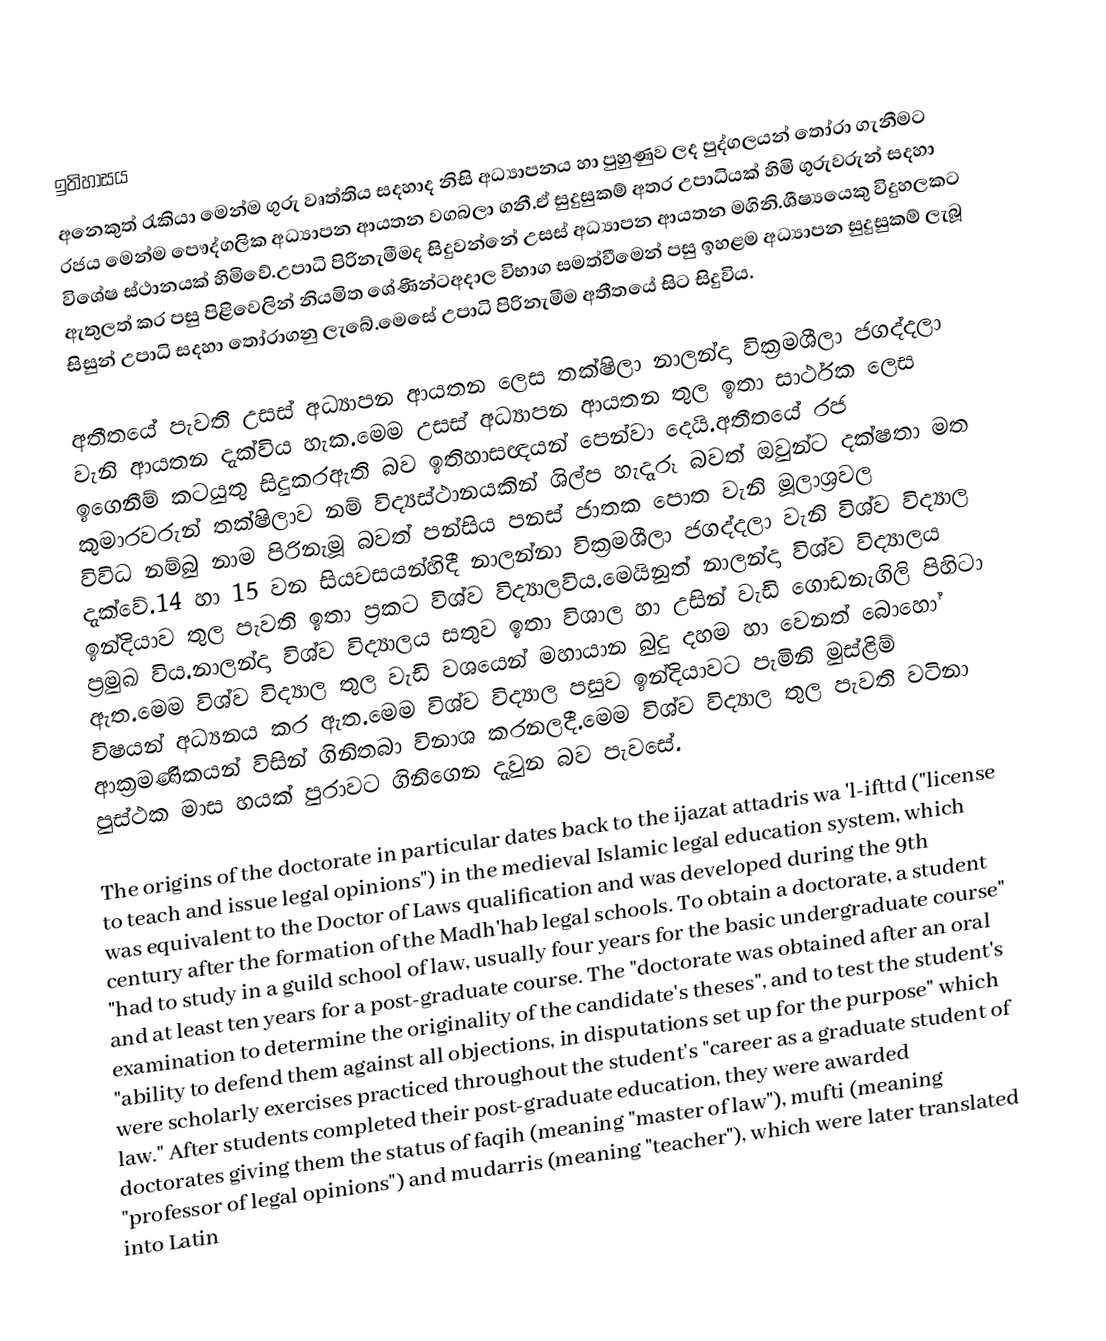

ඉතිහාසය
අනෙකුත් රැකියා මෙන්ම ගුරු වෘත්තිය සදහාද නිසි අධ්‍යාපනය හා පුහුණුව ලද පුද්ගලයන් තෝරා ගැනීමට රජය මෙන්ම පෞද්ගලික අධ්‍යාපන ආයතන වගබලා ගනී.ඒ සුදුසුකම් අතර උපාධියක් හිමි ගුරුවරුන් සදහා විශේෂ ස්ථානයක් හිමිවේ.උපාධි පිරිනැමීමද සිදුවන්නේ උසස් අධ්‍යාපන ආයතන මගිනි.ශීෂ්‍යයෙකු විදුහලකට ඇතුලත් කර පසු පිළිවෙලින් නියමිත ශේණීන්ටඅදාල විභාග සමත්වීමෙන් පසු ඉහළම අධ්‍යාපන සුදුසුකම් ලැබූ සිසුන් උපාධි සදහා තෝරාගනු ලැබේ.මෙසේ උපාධි පිරිනැමීම අතීතයේ සිට සිදුවිය.

අතීතයේ පැවති උසස් අධ්‍යාපන ආයතන ලෙස තක්ෂිලා නාලන්දා වික්‍රමශීලා ජගද්දලා වැනි ආයතන දැක්විය හැක.මෙම උසස් අධ්‍යාපන ආයතන තුල ඉතා සාර්ථක ලෙස ඉගෙනීම් කටයුතු සිදුකරඇති බව ඉතිහාසඥයන් පෙන්වා දෙයි.අතීතයේ රජ කුමාරවරුන් තක්ෂිලාව නම් විද්‍යස්ථානයකින් ශිල්ප හැදෑරූ බවත් ඔවුන්ට දක්ෂතා මත විවිධ නම්බු නාම පිරිනැමූ බවත් පන්සිය පනස් ජාතක පොත වැනි මූලාශ්‍රවල දැක්වේ.14 හා 15 වන සියවසයන්හිදී නාලන්නා වික්‍රමශීලා ජගද්දලා වැනි විශ්ව විද්‍යාල ඉන්දියාව තුල පැවති ඉතා ප්‍රකට විශ්ව විද්‍යාලවිය.මෙයිනුත් නාලන්දා විශ්ව විද්‍යාලය ප්‍රමුඛ විය.නාලන්දා විශ්ව විද්‍යාලය සතුව ඉතා විශාල හා උසින් වැඩි ගොඩනැගිලි පිහිටා ඇත.මෙම විශ්ව විද්‍යාල තුල වැඩි වශයෙන් මහායාන බුදු දහම හා වෙනත් බොහෝ විෂයන් අධ්‍යනය කර ඇත.මෙම විශ්ව විද්‍යාල පසුව ඉන්දියාවට පැමිනි මුස්ළිම් ආක්‍රමණිකයන් විසින් ගිනිතබා විනාශ කරනලදී.මෙම විශ්ව විද්‍යාල තුල පැවති වටිනා පුස්ථක මාස හයක් පුරාවට ගිනිගෙන දැවුන බව පැවසේ.

The origins of the doctorate in particular dates back to the ijazat attadris wa 'l-ifttd ("license to teach and issue legal opinions") in the medieval Islamic legal education system, which was equivalent to the Doctor of Laws qualification and was developed during the 9th century after the formation of the Madh'hab legal schools. To obtain a doctorate, a student "had to study in a guild school of law, usually four years for the basic undergraduate course" and at least ten years for a post-graduate course. The "doctorate was obtained after an oral examination to determine the originality of the candidate's theses", and to test the student's "ability to defend them against all objections, in disputations set up for the purpose" which were scholarly exercises practiced throughout the student's "career as a graduate student of law." After students completed their post-graduate education, they were awarded doctorates giving them the status of faqih (meaning "master of law"), mufti (meaning "professor of legal opinions") and mudarris (meaning "teacher"), which were later translated into Latin